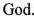
God.